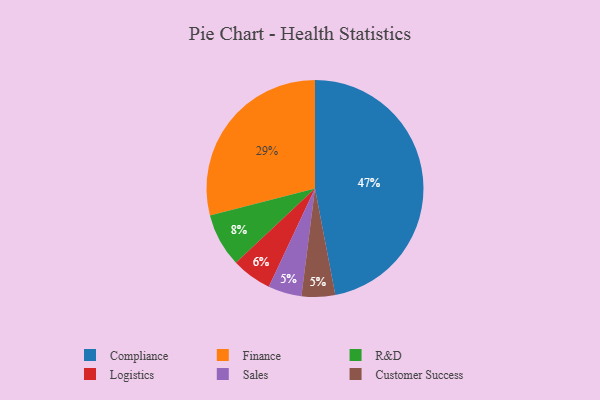
{"axis": {"x": "Category", "y": "Percentage"}, "legend": ["Compliance", "Customer Success", "Finance", "Logistics", "R&D", "Sales"], "data": [{"x": "Finance", "y": 29, "type": "Finance"}, {"x": "Sales", "y": 5, "type": "Sales"}, {"x": "Customer Success", "y": 5, "type": "Customer Success"}, {"x": "Logistics", "y": 6, "type": "Logistics"}, {"x": "Compliance", "y": 47, "type": "Compliance"}, {"x": "R&D", "y": 8, "type": "R&D"}]}